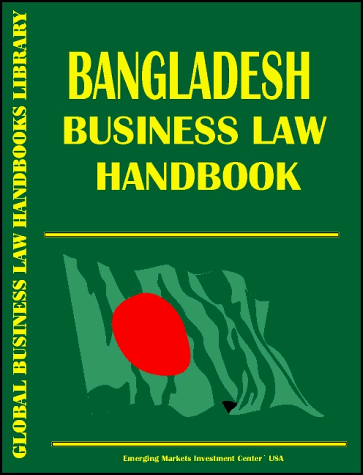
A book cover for Bangladesh Business Law Handbook; Ibp Usa; Travel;